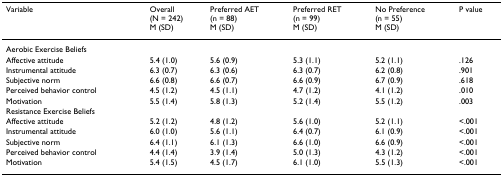
<table><thead><tr><td><b>Variable</b></td><td><b>Overall(N = 242)M (SD)</b></td><td><b>Preferred AET(n = 88)M (SD)</b></td><td><b>Preferred RET(n = 99)M (SD)</b></td><td><b>No Preference(n = 55)M (SD)</b></td><td><b>P value</b></td></tr></thead><tbody><tr><td>Aerobic Exercise Beliefs</td><td></td><td></td><td></td><td></td><td></td></tr><tr><td>Affective attitude</td><td>5.4 (1.0)</td><td>5.6 (0.9)</td><td>5.3 (1.1)</td><td>5.2 (1.1)</td><td>.126</td></tr><tr><td>Instrumental attitude</td><td>6.3 (0.7)</td><td>6.3 (0.6)</td><td>6.3 (0.7)</td><td>6.2 (0.8)</td><td>.901</td></tr><tr><td>Subjective norm</td><td>6.6 (0.8)</td><td>6.6 (0.7)</td><td>6.6 (0.9)</td><td>6.7 (0.9)</td><td>.618</td></tr><tr><td>Perceived behavior control</td><td>4.5 (1.2)</td><td>4.5 (1.1)</td><td>4.7 (1.2)</td><td>4.1 (1.2)</td><td>.010</td></tr><tr><td>Motivation</td><td>5.5 (1.4)</td><td>5.8 (1.3)</td><td>5.2 (1.4)</td><td>5.5 (1.2)</td><td>.003</td></tr><tr><td>Resistance Exercise Beliefs</td><td></td><td></td><td></td><td></td><td></td></tr><tr><td>Affective attitude</td><td>5.2 (1.2)</td><td>4.8 (1.2)</td><td>5.6 (1.0)</td><td>5.2 (1.1)</td><td>&lt;.001</td></tr><tr><td>Instrumental attitude</td><td>6.0 (1.0)</td><td>5.6 (1.1)</td><td>6.4 (0.7)</td><td>6.1 (0.9)</td><td>&lt;.001</td></tr><tr><td>Subjective norm</td><td>6.4 (1.1)</td><td>6.1 (1.3)</td><td>6.6 (1.0)</td><td>6.6 (0.9)</td><td>&lt;.001</td></tr><tr><td>Perceived behavior control</td><td>4.4 (1.4)</td><td>3.9 (1.4)</td><td>5.0 (1.3)</td><td>4.3 (1.2)</td><td>&lt;.001</td></tr><tr><td>Motivation</td><td>5.4 (1.5)</td><td>4.5 (1.7)</td><td>6.1 (1.0)</td><td>5.5 (1.3)</td><td>&lt;.001</td></tr></tbody></table>